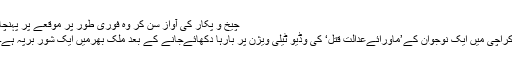
چیخ و پکار کی آواز سن کر وہ فوری طور پر موقعے پر پہنچا
کراچی میں ایک نوجوان کے’ماورائےعدالت قتل‘ کی وڈیو ٹیلی ویژن پر بارہا دکھائےجانے کے بعد ملک بھرمیں ایک شور برپہ ہے۔